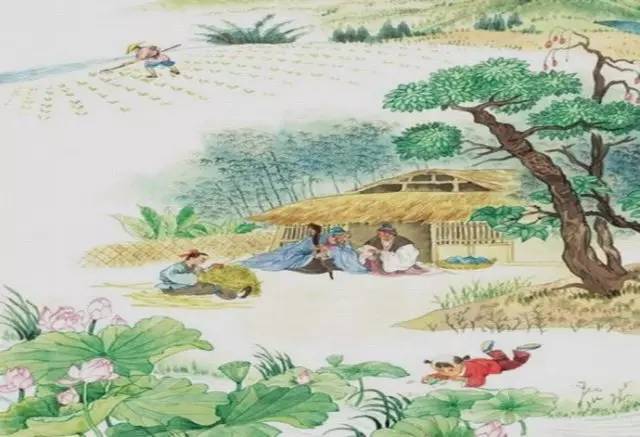
儿童急走追黄蝶，飞入菜花无处寻。